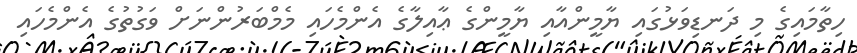
ހިތާމައިގެ މި ދަނޑިވަޅުގައި ޔާމީންއާއި ޔާމީންގެ ޢާއިލާގެ އެންމެހައި މެމްބަރުންނަށް ވަގުތުގެ އެންމެހައި